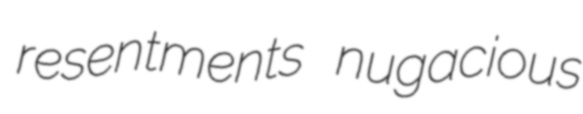
resentments nugacious